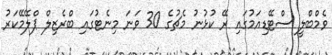
ވެމްބްލީ ސްޓޭޑިއަމުގައި ރޭ ކުޅުނު މެޗުގެ 30 ވަނަ މިނެޓުގައި ބްރެޒިލް ޕްލޭމޭކަރު